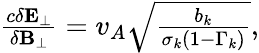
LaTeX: \begin{array}{r}{\frac{c\delta\mathbf{E}_{\perp}}{\delta\mathbf{B}_{\perp}}=v_{A}\sqrt{\frac{b_{k}}{\sigma_{k}\left(1-\Gamma_{k}\right)}},}\end{array}